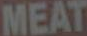
MEAT